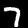
Digit: 7